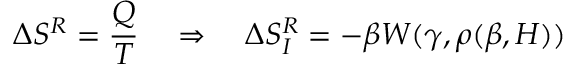
\Delta S ^ { R } = \frac { Q } { T } \quad \Rightarrow \quad \Delta S _ { I } ^ { R } = - \beta W ( \gamma , \rho ( \beta , H ) )